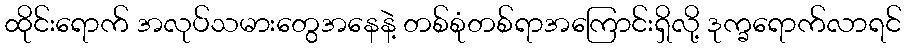
ထိုင်းရောက် အလုပ်သမားတွေအနေနဲ့ တစ်စုံတစ်ရာအကြောင်းရှိလို့ ဒုက္ခရောက်လာရင်